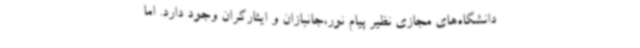
دانشگاه‌های مجازی نظیر پیام نور،جانبازان و ایثارگران وجود دارد. اما